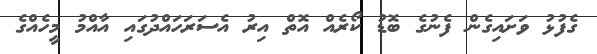
ގެފުޅު ވަށައިގެން ފެނުގެ ބޮޑު ކޯރެއް އޮތް އިރު އެސަރަހައްދުގައި އާއްމު މީހެއްގެ